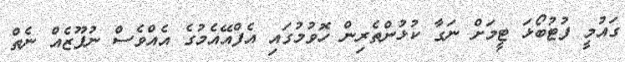
ގައުމީ ފުޓުބޯޅަ ޓީމަށް ނަގާ ކުޅުންތެރިން ހޮވުމުގައި އެފްއޭއެމުގެ އެއްވެސް ނުފޫޒެއް ނެތް